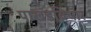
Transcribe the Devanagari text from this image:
पाखंडविचार